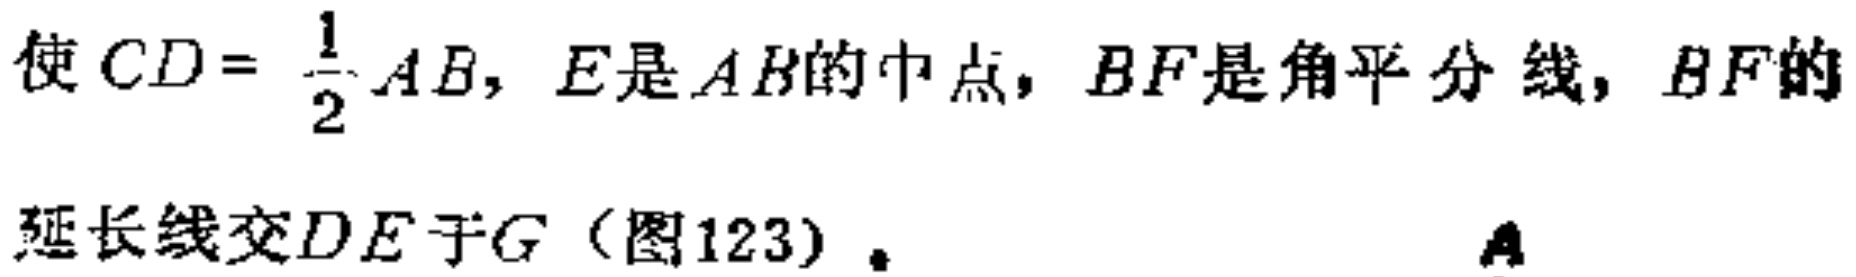
使$CD = \frac{1}{2}AB$，$E$是$AB$的中点，$BF$是角平分线，$BF$的延长线交$DE$于$G$（图123）。